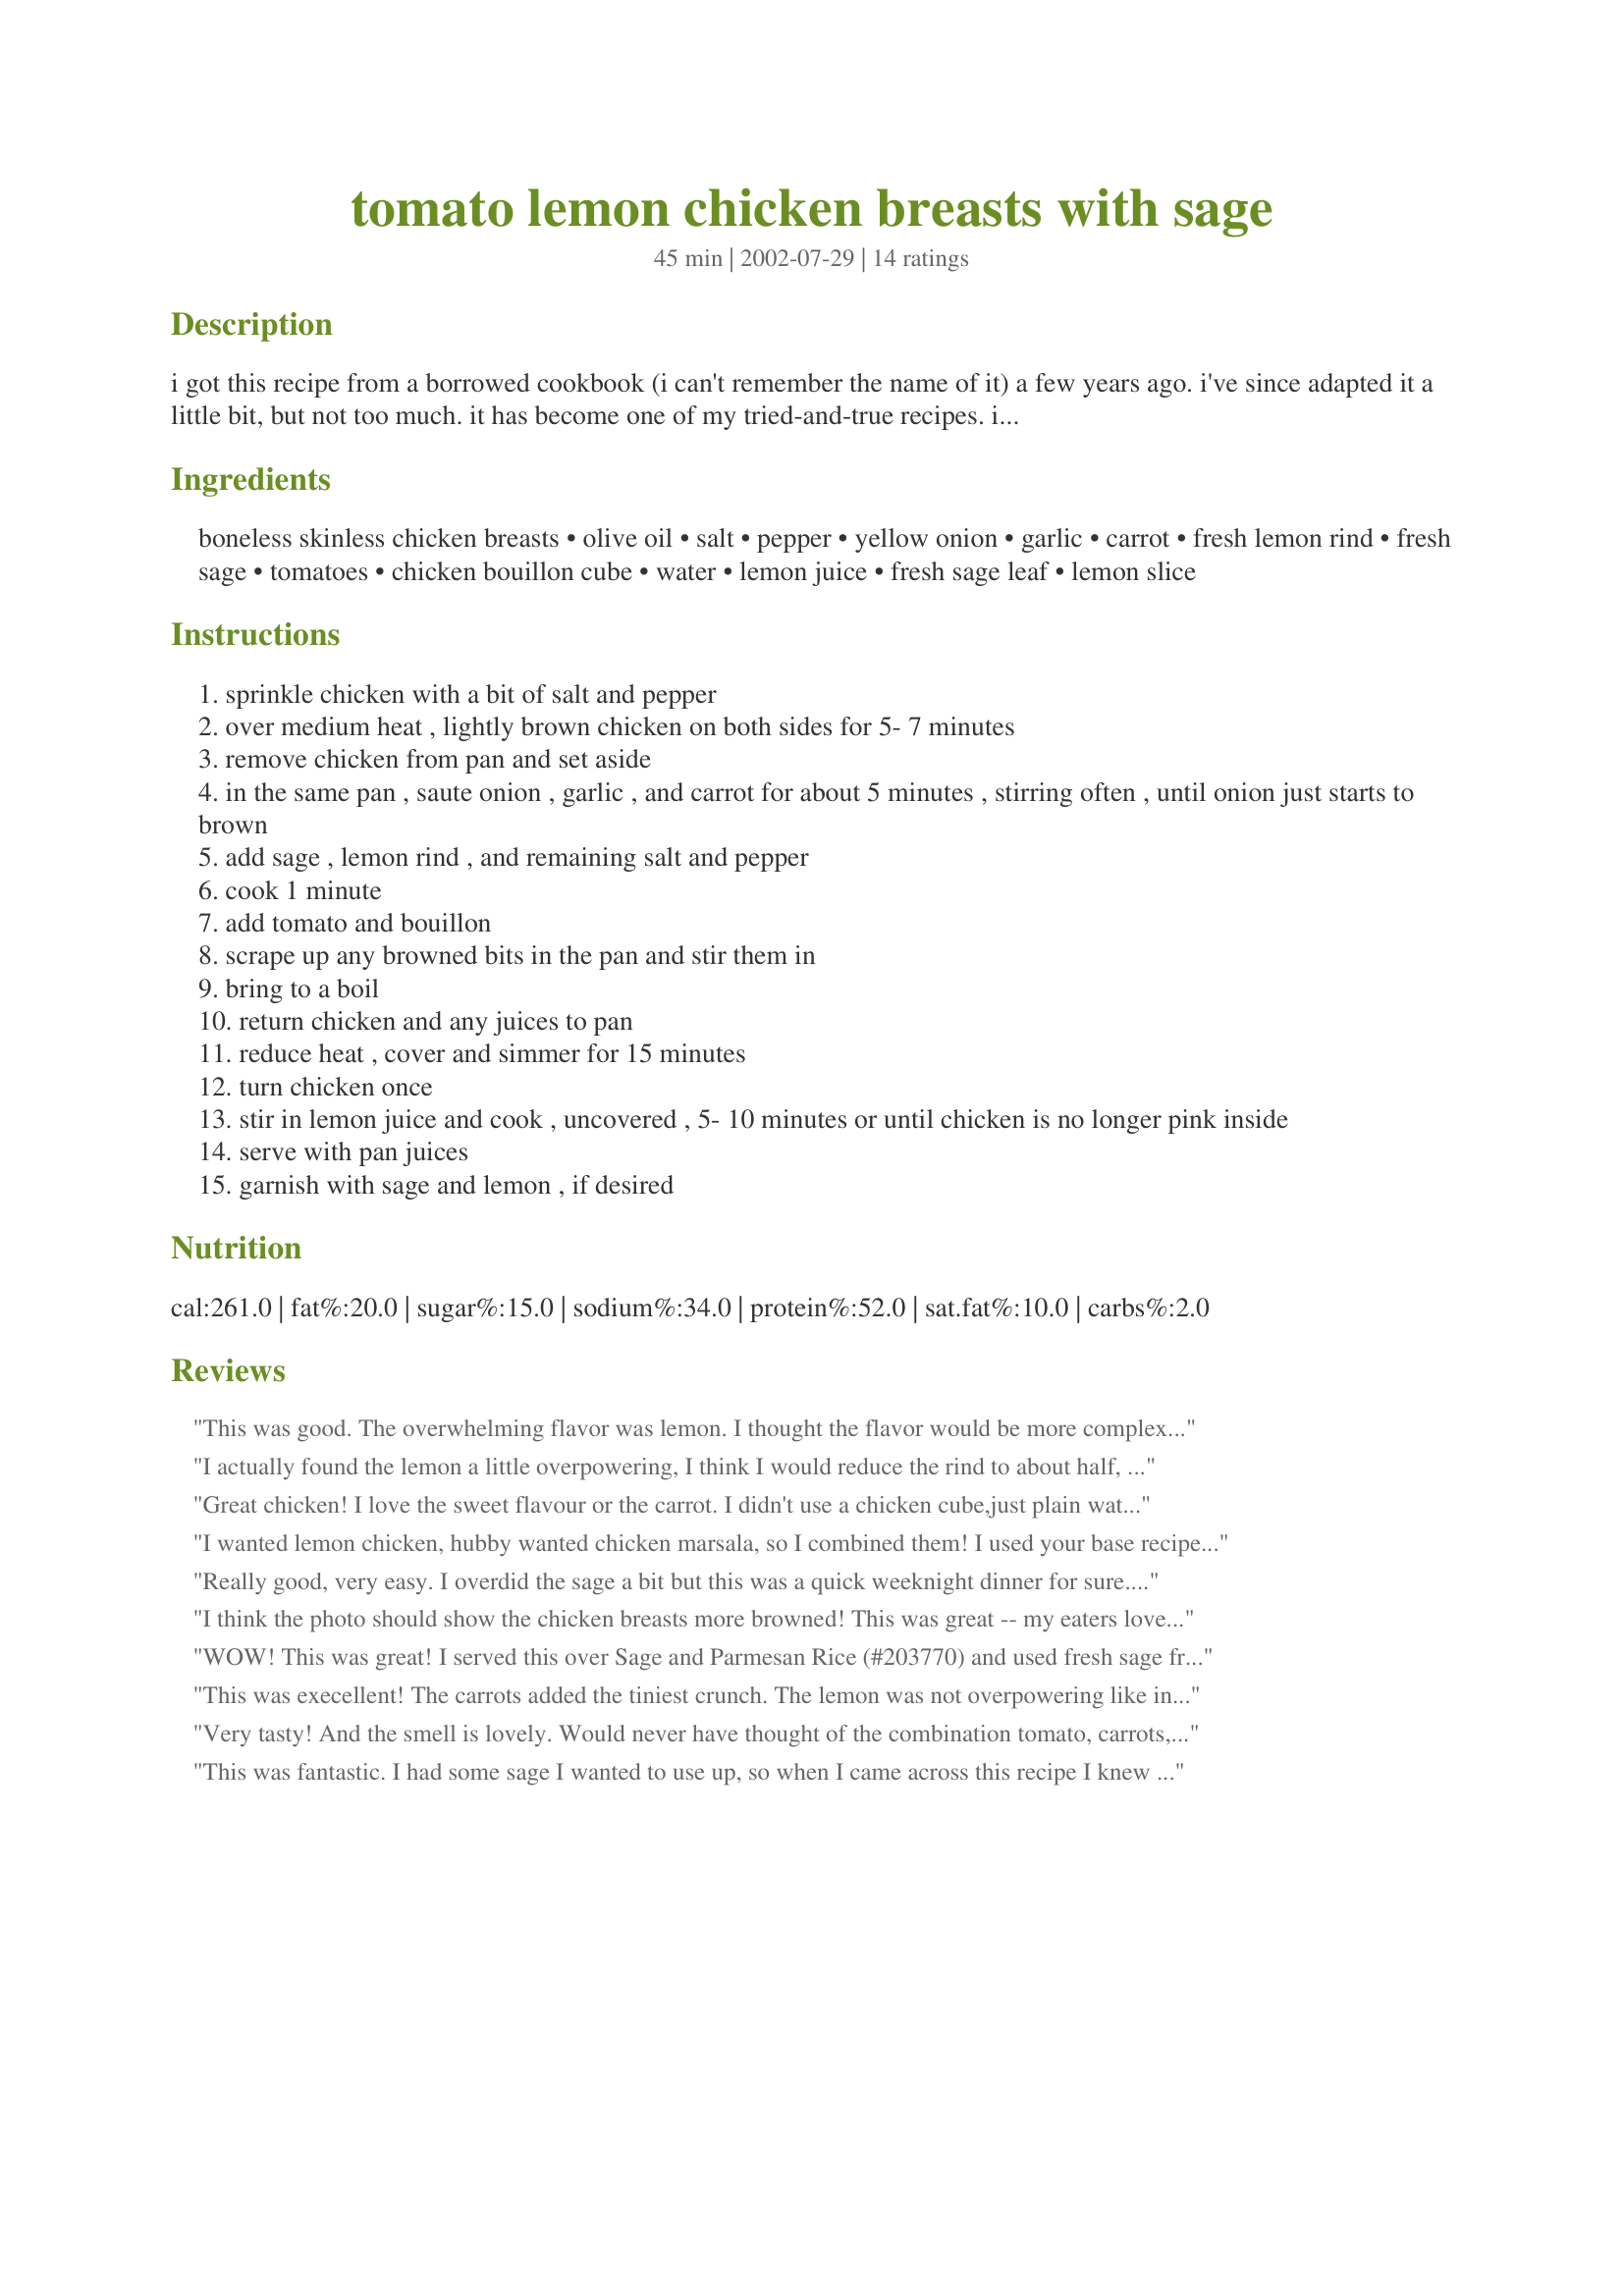
tomato lemon chicken breasts with sage
Preparation time: 45 minutes

i got this recipe from a borrowed cookbook (i can't remember the name of it) a few years ago. i've since adapted it a little bit, but not too much. it has become one of my tried-and-true recipes. i usually serve it with rice pilaf and a tossed salad, but once i served it with new potatoes and crusty rolls, and that was good too.

Ingredients:
boneless skinless chicken breasts, olive oil, salt, pepper, yellow onion, garlic, carrot, fresh lemon rind, fresh sage, tomatoes, chicken bouillon cube, water, lemon juice, fresh sage leaf, lemon slice

Steps:
sprinkle chicken with a bit of salt and pepper
over medium heat , lightly brown chicken on both sides for 5- 7 minutes
remove chicken from pan and set aside
in the same pan , saute onion , garlic , and carrot for about 5 minutes , stirring often , until onion just starts to brown
add sage , lemon rind , and remaining salt and pepper
cook 1 minute
add tomato and bouillon
scrape up any browned bits in the pan and stir them in
bring to a boil
return chicken and any juices to pan
reduce heat , cover and simmer for 15 minutes
turn chicken once
stir in lemon juice and cook , uncovered , 5- 10 minutes or until chicken is no longer pink inside
serve with pan juices
garnish with sage and lemon , if desired

Reviews:
This was good. The overwhelming flavor was lemon. I thought the flavor would be more complex...
I actually found the lemon a little overpowering, I think I would reduce the rind to about half, but that's not to say it didn't taste totally delicious!
Great chicken! I love the sweet flavour or the carrot. I didn't use a chicken cube,just plain water and I reduced the sage. Big mistake the last one. Next time I will use the whole amount of sage.I also used boneless turkey breast! A very good chicken recipe! Thanks for posting!
I wanted lemon chicken, hubby wanted chicken marsala, so I combined them! I used your base recipe, dredged the chicken in flour, added mushrooms and marsala wine and made a roux to thicken the sauce. I also used red onion and beef broth, because I had those on hand to use up. I did use a little chicken stock and white wine, because I ran out of marsala and beef stock. I served it over egg noodles with sauteed zucchini as a side. We really liked the carrots, they added a nice fresh crunch.
Really good, very easy. I overdid the sage a bit but this was a quick weeknight dinner for sure. We will be having this again. It was great with my fresh summer garden tomato's.
I think the photo should show the chicken breasts more browned! This was great -- my eaters loved it. I didn't use the whole amount of olive oil given -- just about half, supplemented with butter to brown the chicken. Omitted the carrot, but loved the fresh sage. The tang of fresh lemon juice was very nice. Yum!
WOW! This was great! I served this over Sage and Parmesan Rice (#203770) and used fresh sage from my herb garden. The taste was incredible - we just couldn't get enough! I will definitely make this again - Thanks so much for this now family favorite!
This was execellent! The carrots added the tiniest crunch. The lemon was not overpowering like in most dishes. My BF who is trying to NOT eat meat broke down and ate a huge breast just because they smelled so good! I served this with a wild rice pilaf as suggested. Great recipe! UPDATE...Made again and added about 1/2 cup of white wine. Also EXCELLENT!
Very tasty! And the smell is lovely. Would never have thought of the combination tomato, carrots, sage, lemon. The flavours really marry well. Just as Kari, I added 1/2 cup of white wine (Viognier) and I totally agree with the "excellent!"
This was fantastic. I had some sage I wanted to use up, so when I came across this recipe I knew I had to try it. I'm so glad I did! It was tender and so flavorful! I took Kari's advice and added 1/2 cup of white wine (Chardonay) and the chicken ended up tasting fantastic. I'll definitely be making this again.
I had chicken and sage in the fridge but no plan of action. I found this recipe at the last minute and I'm glad I did. The chicken and its sauce were excellent, this was first time I'd used fresh sage in a meat dish and I was pleasantly surprised; sage has a much different flavor when cooked than when raw. I only had one small carrot so I added parsnips too and that went great with the other ingredients. Next time I will only use parsnips but will add white wine as others have.
Wow!! Easy and elegant. Served with a herbed brown rice.
This was great! I made it using only 2 chicken breasts & about 1/2 cup of pre-packaged matchstick carrots but kept all the other ingredients as written. The sauce & veggies were wonderful served with couscous. Next time, I'll reduce the lemon rind a smidge but otherwise, this is a real keeper.
Delicious! Didn't have any boullion cubes on hand so used a can of chicken broth instead. I would definately make this again and try it with the white wine. Went great with mashed potatoes too! Awsome!
